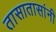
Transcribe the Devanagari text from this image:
तासातासांनी